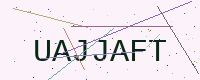
Text: UAJJAFT